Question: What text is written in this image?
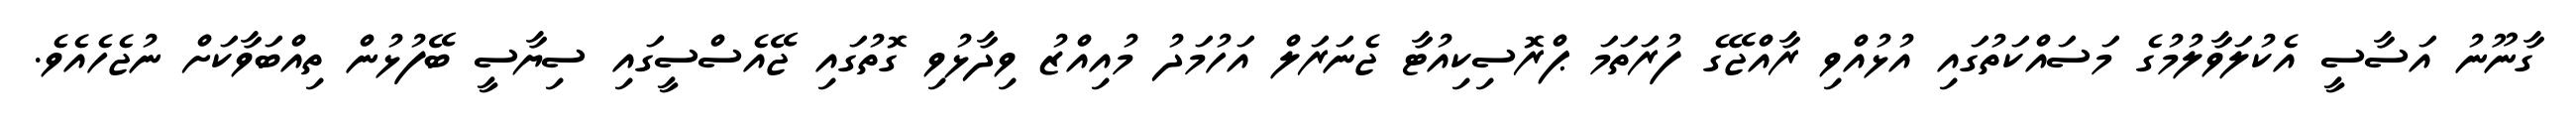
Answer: ގާނޫނު އަސާސީ އެކުލަވާލުމުގެ މަސައްކަތުގައި އުޅުއްވި ރާއްޖޭގެ ފުރަތަމަ ޕްރޮސިކިއުޓާ ޖެނަރަލް އަހުމަދު މުއިއްޒު ވިދާޅުވި ގޮތުގައި ޖޭއެސްސީގައި ސިޔާސީ ބޭފުޅުން ތިއްބަވާކަށް ނުޖެހެއެވެ.